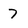
Character: 7